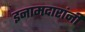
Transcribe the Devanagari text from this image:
इनामदारांनी